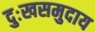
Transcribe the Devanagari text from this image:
दुःखसमुदाय